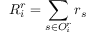
R _ { i } ^ { r } = \sum _ { s \in O _ { i } ^ { r } } r _ { s }